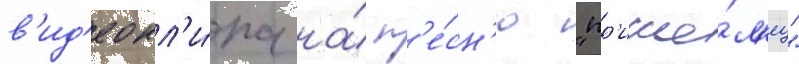
в'ид'еокл'и́па на́ п'е́сн'ю "пр'ише́л'ец"